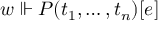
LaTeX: w \Vdash P ( t _ { 1 } , \dots , t _ { n } ) [ e ]